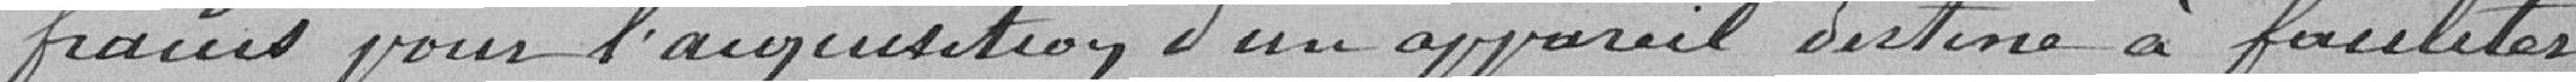
francs pour l'acquisition d'un appareil destiné à faciliter